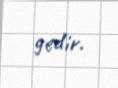
gedir.